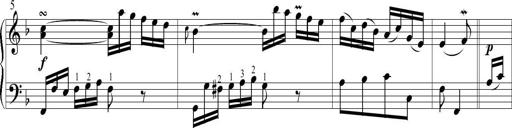
Title: 6 Leichte Sonatinen, Teil 1
Composer: F. Sigismund Sander